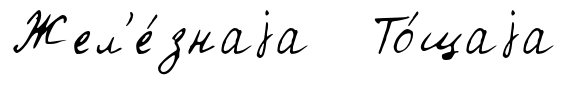
Жел'е́знаjа То́щаjа